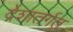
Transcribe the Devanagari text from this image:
देशातर्गत